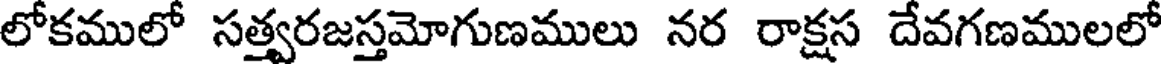
లోకములో సత్వరజస్తమోగుణములు నర రాక్షస దేవగణములలో